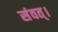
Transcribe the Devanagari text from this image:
संवत्‌।